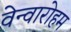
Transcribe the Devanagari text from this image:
वेन्वारोहम